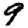
Digit: 9